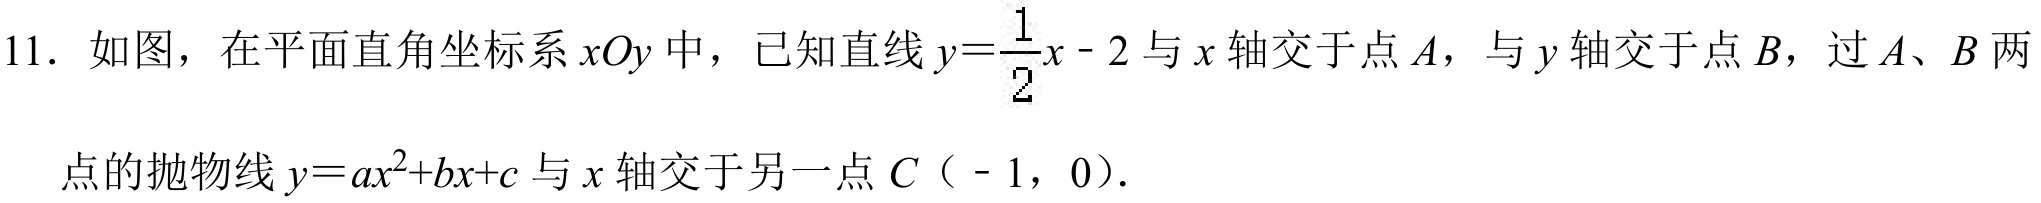
11. 如图，在平面直角坐标系\(xOy\)中，已知直线\(y = \dfrac{1}{2}x - 2\)与\(x\)轴交于点\(A\)，与\(y\)轴交于点\(B\)，过\(A\)、\(B\)两点的抛物线\(y = ax^{2}+bx + c\)与\(x\)轴交于另一点\(C（ - 1，0）\).